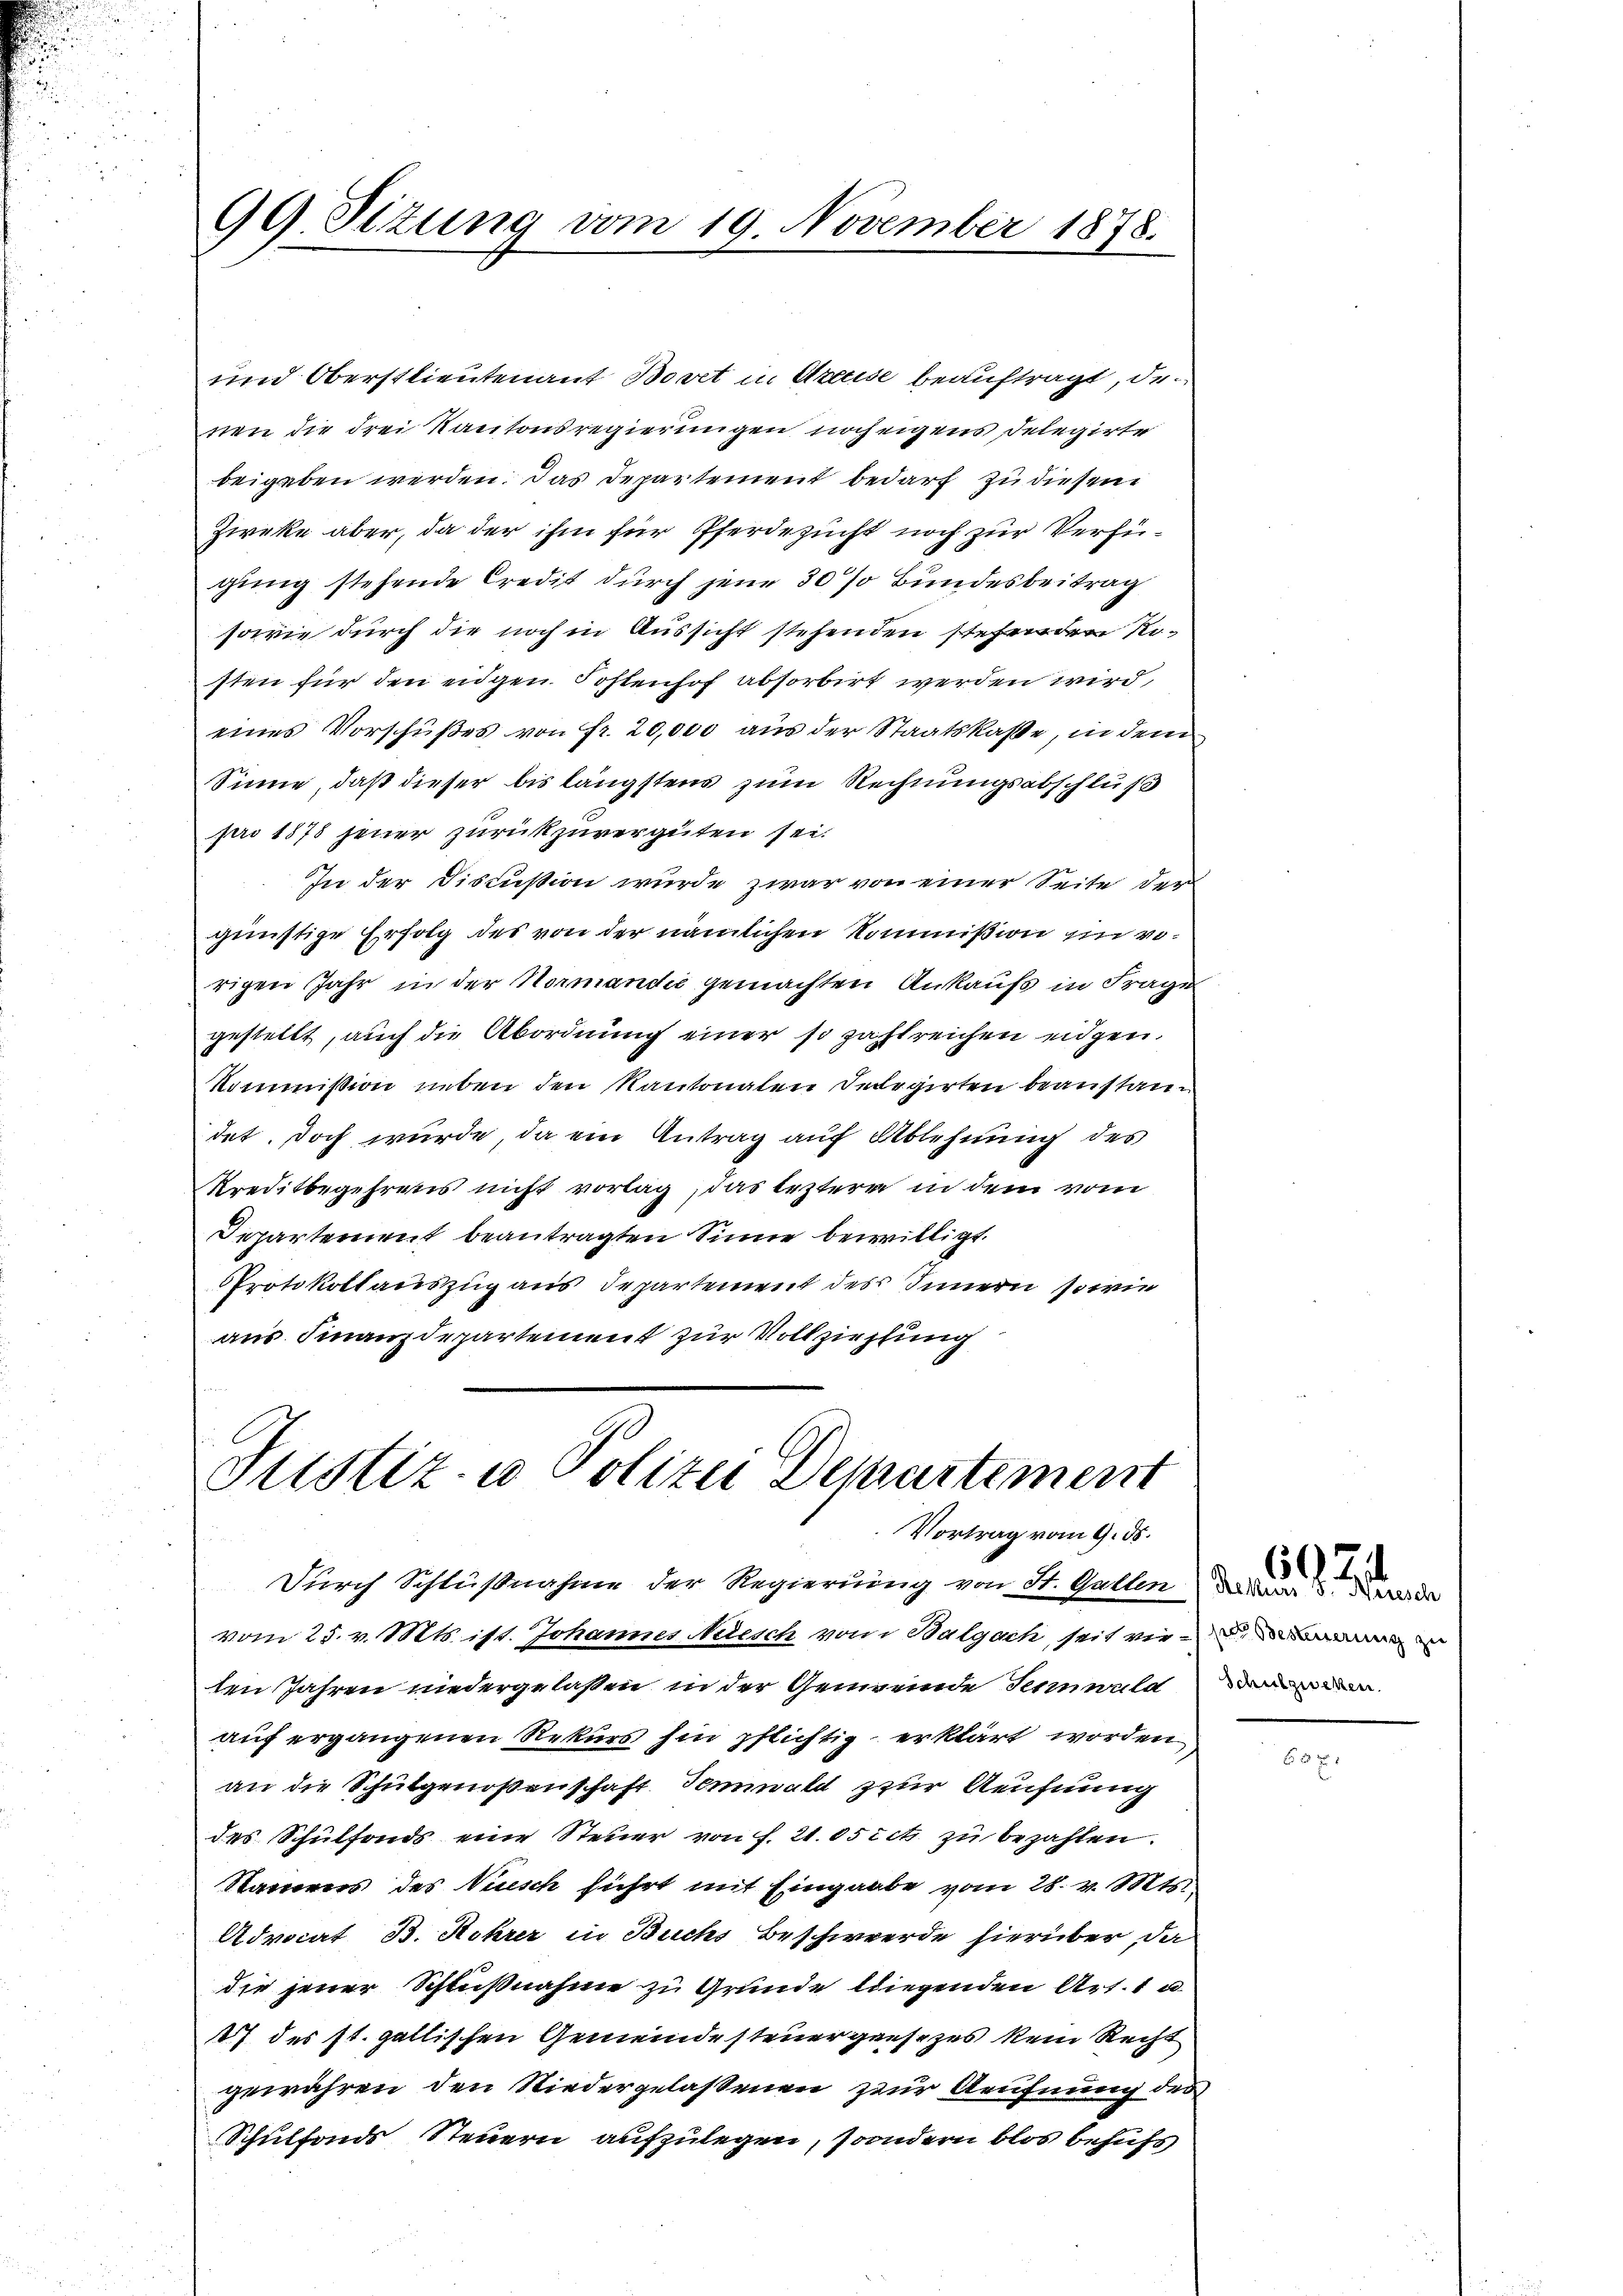
99. Sitzung vom 19. November 1878.

und Oberstlieutenant Bovet in Greise beauftragt, den
nen die drei Kantonsregierungen noch eigens Delegirte
beigeben werden. Das Departement bedarf zu diesen
Zieke aber, da der ihm für Pferdezucht noch zur Verfügung stehende Credit durch jene 30% Bundesbeitrag
sowie durch die noch in Aussicht stehenden stehenden Resten für den eidgen Postenhof absorbirt werden wird,
eines Vorschußes von Fr. 20,000 aus der Staatskasse, in dem
Sinne, daß dieser bis längstens zum Rechnungsabschluß
pro 1878 jener zurückzuvergüten sei.
In der Discision wurde zwar von einer Seite der
günstige Erfolg des von der nämlichen Kommißion in rorigen Jahr in der Normandić gemachten Ankaufs in Frage
gestellt, auch die Abordnung einer so zahlreichen eidgen.
Kommission neben den Kantonalen Delegirten beanstandet. Doch wurde, da ein Antrag auf Ablehnung des
Kreditbegehrens nicht vorlag, das leztere in dem vom
Departement beantragten Sinne bewilligt.
PProtokollauszug aus Departement des Innern, sowie
aus Finanzdepartement zur Vollziehung

Justiz- u Polizei Demartement
Vortrag vom 9. ds.

Durch Schlußnahme der Regierung von St. Gallen da de
vom 25. v. Mts. ist. Johannes Neesch von Balgach seit ver-
ten Jahren niedergelassen in der Gemeinde Sennnula
auf ergangenen Rekurs hin pflichtig erklärt worden,
an die Schulgenoßenschaft Tominald zur Aeufnung
des Schulfonds eine Steuer von f. 21. Osict zu bezahlen.
Namens des Nesch führt mit Eingaabe vom 28. v. Mts.
Advocat B. Rohrer in Buchs Beschwerde hierüber, da
die jener Schlußnahme zu Grunde liegenden Art. 1 u.
27 des st. gallischen Gemeinde steuergesezes kein Recht
gewähren den Niedergelassenen zur Aeufnung des
Schulfonds Steuern aufzulegen, soondern blos behufs

6075